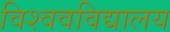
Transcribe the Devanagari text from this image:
विश्ववविद्यालय